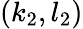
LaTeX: (k_{2},l_{2})